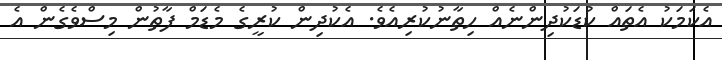
އެކަމަކު އެތައް ކުޑަކުދިންނެއް ހިތާނުކުރިއެވެ. އެކުދިން ކުރީގެ މެޑަމް ފާތުން މިސްވެގެން އެ